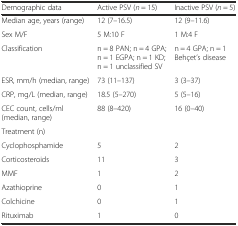
<table><thead><tr><td><b>Demographic data</b></td><td><b>Active PSV (<i>n</i> = 15)</b></td><td><b>Inactive PSV (<i>n</i> = 5)</b></td></tr></thead><tbody><tr><td>Median age, years (range)</td><td>12 (7–16.5)</td><td>12 (9–11.6)</td></tr><tr><td>Sex M/F</td><td>5 M:10 F</td><td>1 M:4 F</td></tr><tr><td>Classification</td><td>n = 8 PAN; n = 4 GPA; n = 1 EGPA; n = 1 KD; n = 1 unclassified SV</td><td>n = 4 GPA; n = 1 Behçet’s disease</td></tr><tr><td>ESR, mm/h (median, range)</td><td>73 (11–137)</td><td>3 (3–37)</td></tr><tr><td>CRP, mg/L (median, range)</td><td>18.5 (5–270)</td><td>5 (5–16)</td></tr><tr><td>CEC count, cells/ml (median, range)</td><td>88 (8–420)</td><td>16 (0–40)</td></tr><tr><td>Treatment (n)</td><td></td><td></td></tr><tr><td>Cyclophosphamide</td><td>5</td><td>2</td></tr><tr><td>Corticosteroids</td><td>11</td><td>3</td></tr><tr><td>MMF</td><td>1</td><td>2</td></tr><tr><td>Azathioprine</td><td>0</td><td>1</td></tr><tr><td>Colchicine</td><td>0</td><td>1</td></tr><tr><td>Rituximab</td><td>1</td><td>0</td></tr></tbody></table>